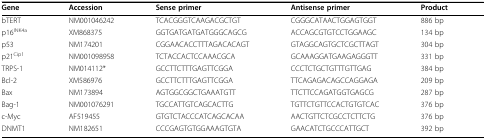
| Gene | Accession | Sense primer | Antisense primer | Product |
 | --- | --- | --- | --- | --- |
 | bTERT | NM001046242 | TCACGGGTCAAGACGCTGT | CGGGCATAACTGGAGTGGT | 886 bp |
 | p16INK4a | XM868375 | GGTGATGATGATGGGCAGCG | ACCAGCGTGTCCTGGAAGC | 134 bp |
 | p53 | NM174201 | CGGAACACCTTTAGACACAGT | GTAGGCAGTGCTCGCTTAGT | 304 bp |
 | p21Cip1 | NM001098958 | TCTACCACTCCAAACGCA | GCAAAGGATGAAGAGGGTT | 331 bp |
 | TRPS-1 | NM014112* | GCCTTCTTTGAGTTCGGA | CCCTCTGCTGTTTGTTGAG | 384 bp |
 | Bcl-2 | XM586976 | GCCTTCTTTGAGTTCGGA | TTCAGAGACAGCCAGGAGA | 209 bp |
 | Bax | NM173894 | AGTGGCGGCTGAAATGTT | TTCTTCCAGATGGTGAGCG | 287 bp |
 | Bag-1 | NM001076291 | TGCCATTGTCAGCACTTG | TGTTCTGTTCCACTGTGTCAC | 376 bp |
 | c-Myc | AF519455 | GTGTCTACCCATCAGCACAA | AACTGTTCTCGCCTCTTCTG | 376 bp |
 | DNMT1 | NM182651 | CCCGAGTGTGGAAAGTGTA | GAACATCTGCCCATTGCT | 392 bp |